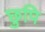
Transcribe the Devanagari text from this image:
छुपि